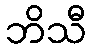
ဘိသီ